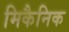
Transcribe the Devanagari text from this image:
मिकैनिक